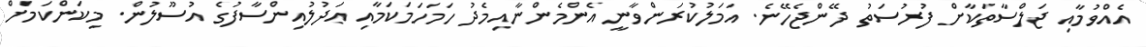
އެއްވުމާއި ޖަލްސާތަކާށް ފުރުސަތު ދޭންޖެހޭނެ. އަމަލުކުރަންވާނީ އެންމެންނާއިމެދު ހަމަހަމަކަމާއި ޢަދުލުއިންސާފުގެ އުސޫލުން. މިކަންކަމަށް